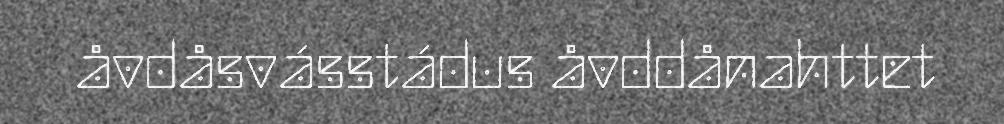
åvdåsvásstádus åvddånahttet